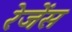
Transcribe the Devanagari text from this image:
रेजेंस